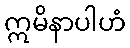
ဣမိနာပါဟံ